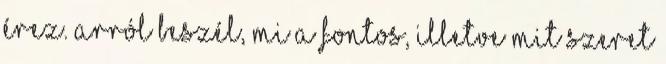
érez. Arról beszél, mi a fontos, illetve mit szeret